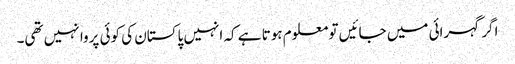
اگر گہرائی میں جائیں تو معلوم ہوتا ہے کہ انہیں پاکستان کی کوئی پروا نہیں تھی۔